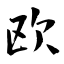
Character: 欧